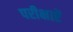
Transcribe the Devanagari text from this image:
परीक्षाऐं